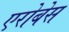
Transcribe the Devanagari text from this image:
एरोबेस